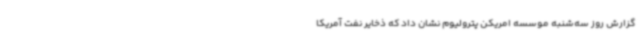
گزارش روز سه‌شنبه موسسه امریکن پترولیوم نشان داد که ذخایر نفت آمریکا